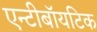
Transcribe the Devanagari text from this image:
एन्टीबॉयटिक